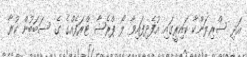
އަދި ސްރިލަންކާ ކައިރީގައި އުފެދިފައިވާ ލޯ ޕްރެޝާ ޓްރަފެއްގެ ގެ ސަބަބުން ކުރާ